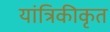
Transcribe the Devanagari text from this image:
यांत्रिकीकृत